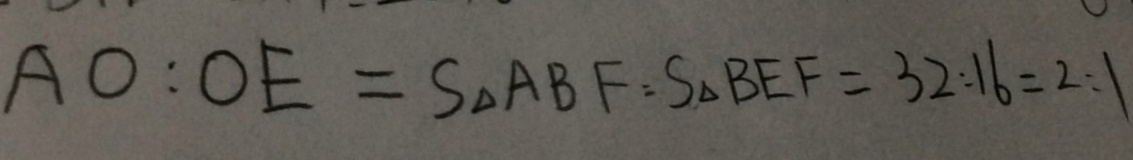
A O : O E = S _ { \Delta } A B F : S _ { \Delta } B E F = 3 2 : 1 6 = 2 : 1